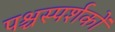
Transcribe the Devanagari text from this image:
पश्चस्पर्शकों